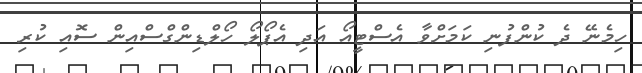
ހިމެނޭ ދެ ކުންފުނި ކަމަށްވާ އެސްޓީއޯ އަދި އެޕޯލޯ ހޯލްޑިންގްސްއިން ސޮއި ކުރި